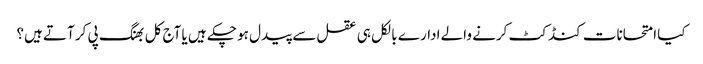
کیا امتحانات کنڈکٹ کرنے والے ادارے بالکل ہی عقل سے پیدل ہو چکے ہیں یا آج کل بھنگ پی کر آتے ہیں؟